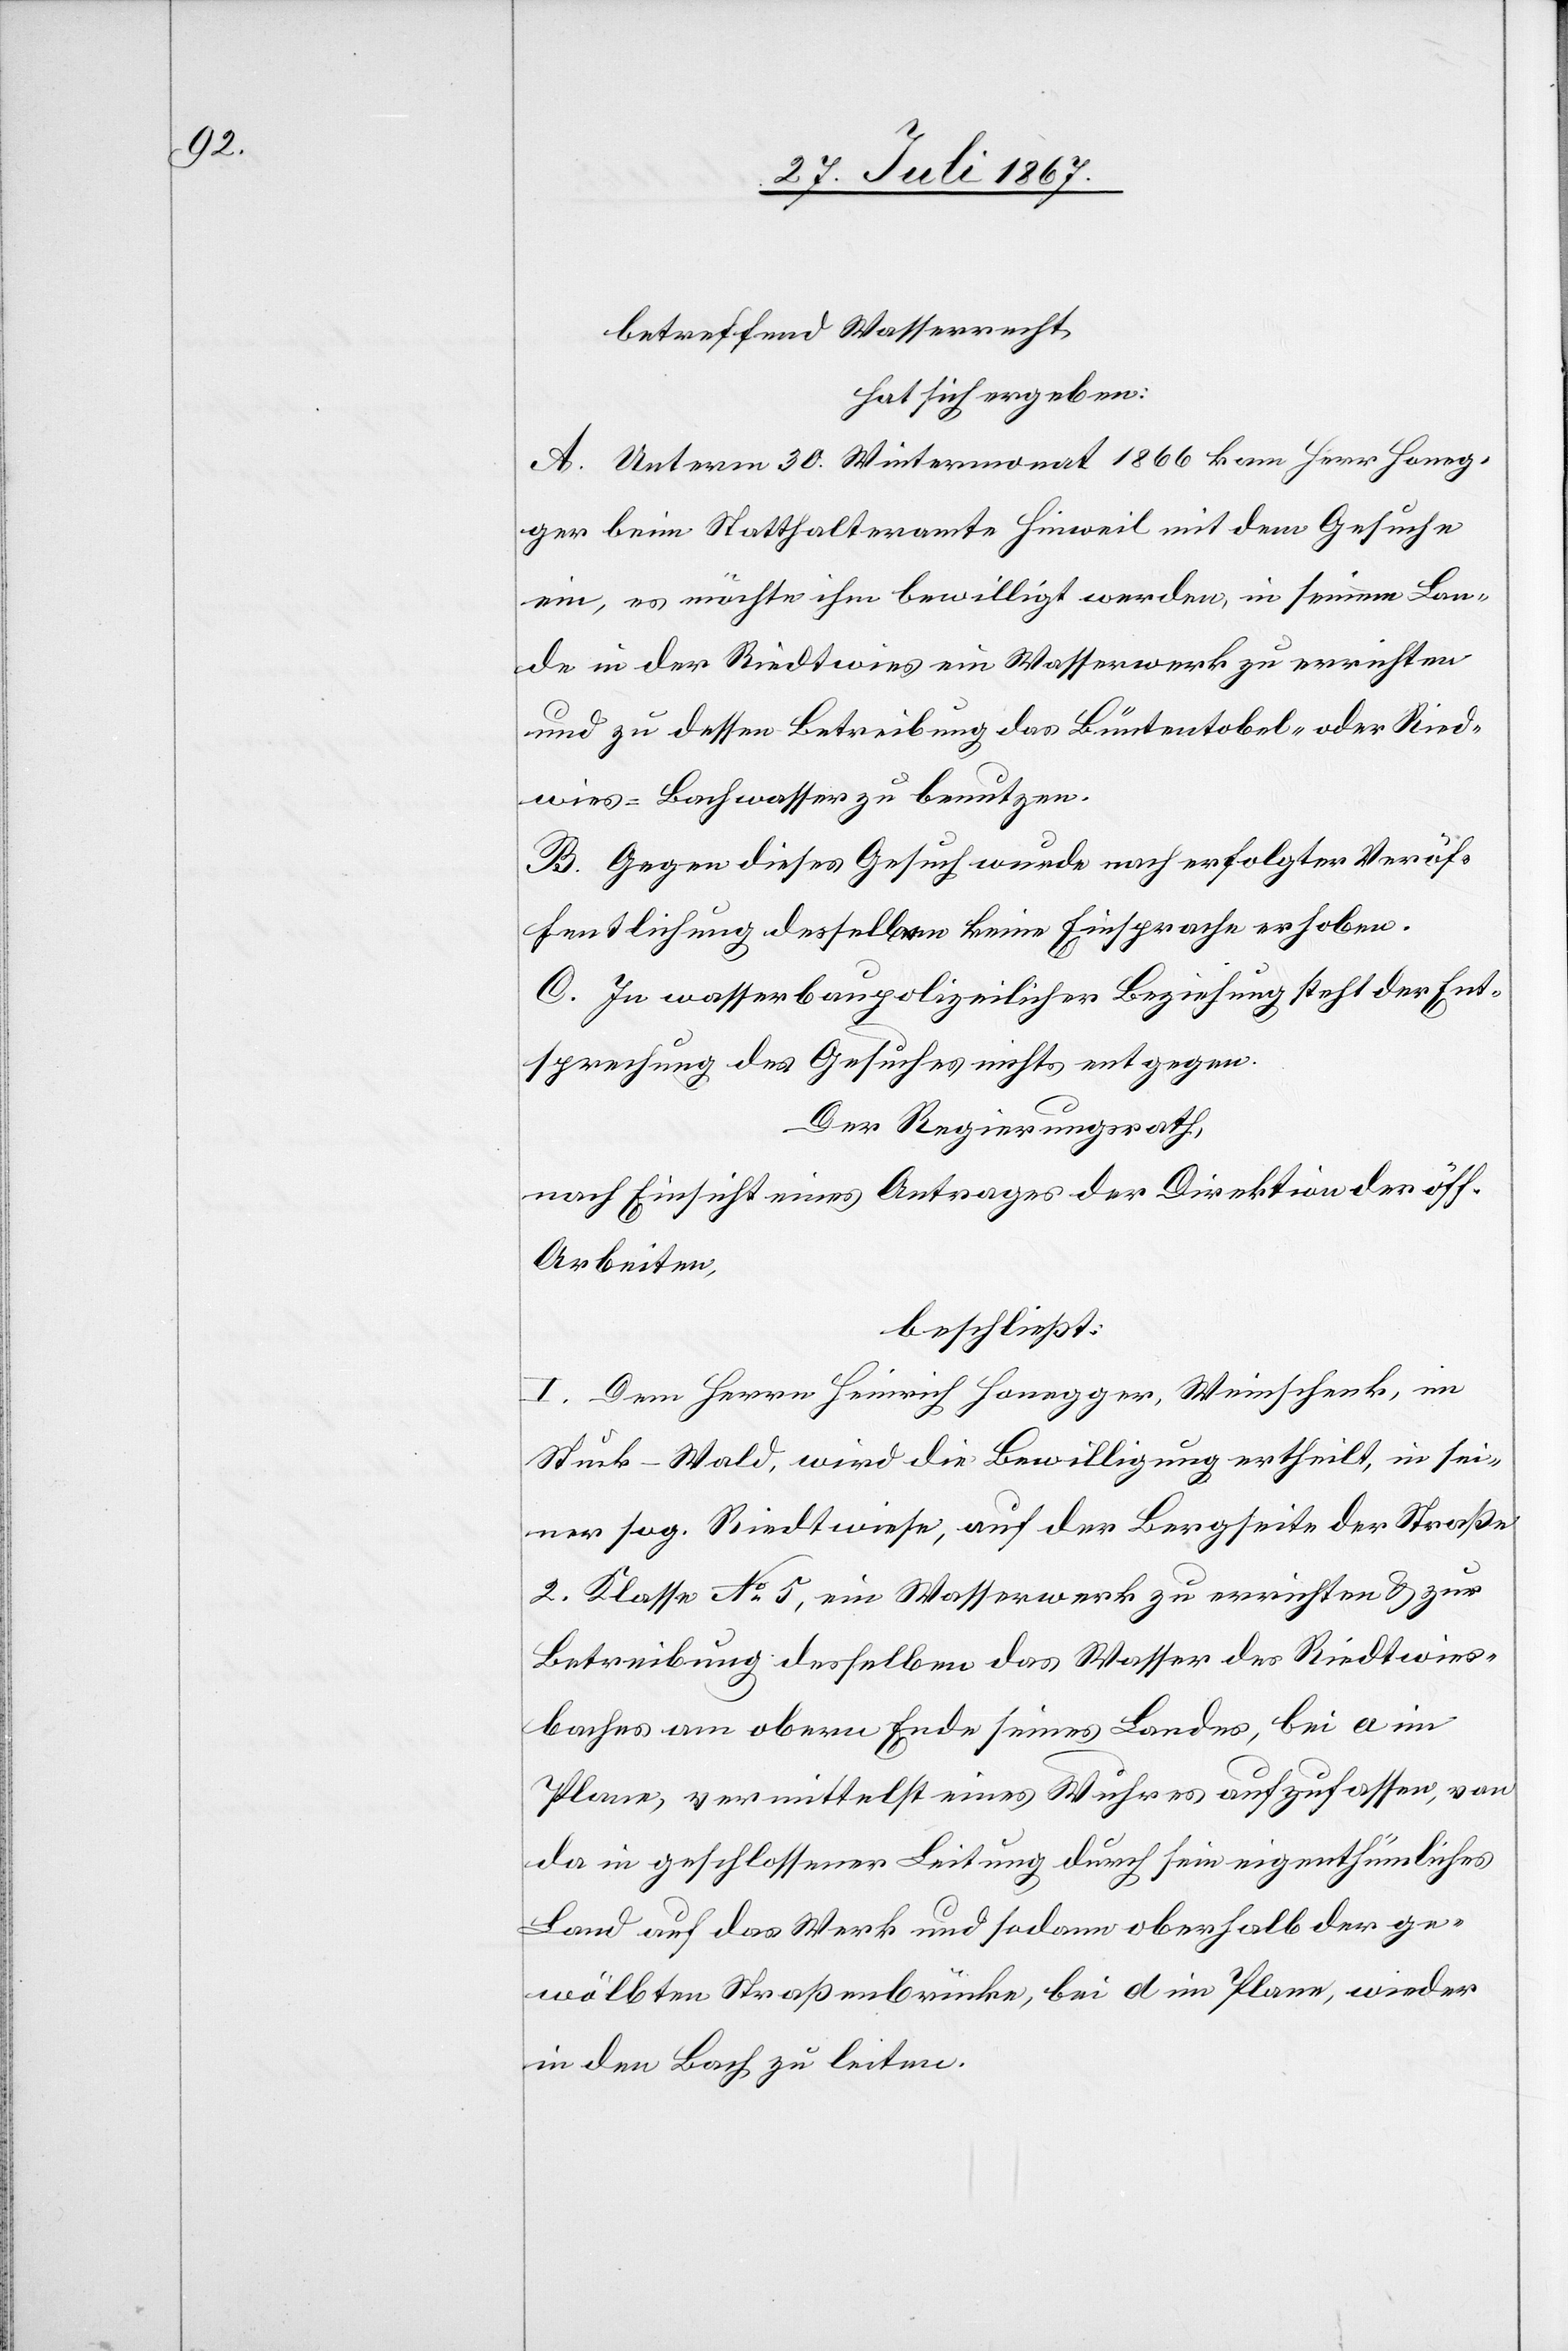
betreffend Wasserrecht,
hat sich ergeben:
A. Unterm 30. Wintermonat 1866 kam Herr Honeg¬
ger beim Statthalteramte Hinweil mit dem Gesuche
ein, es möchte ihm bewilligt werden, in seinem Lan¬
de in der Riedtwies ein Wasserwerk zu errichten
und zu dessen Betreibung das Büntentobel- oder Ried¬
wies-Bachwasser zu benutzen.
B. Gegen dieses Gesuch wurde nach erfolgter Veröf¬
fentlichung desselben keine Einsprache erhoben.
C. In wasserbaupolizeilicher Beziehung steht der Ent¬
sprechung des Gesuches nichts entgegen.
Der Regierungsrath,
nach Einsicht eines Antrages der Direktion der öff.
Arbeiten,
beschließt:
I. Dem Herrn Heinrich Honegger, Weinschenk, im
Stuck-Wald, wird die Bewilligung ertheilt, in sei¬
ner sog. Riedtwiese, auf der Bergseite der Straße
2. Klasse No. 5, ein Wasserwerk zu errichten u. zur
Betreibung desselben das Wasser des Riedtwies¬
baches am obern Ende seines Lande, bei a im
Plane, vermittelst eines Wuhres aufzufassen, von
da in geschlossener Leitung durch sein eigenthümliches
Land auf das Werk und sodann oberhalb der ge¬
wölbten Straßenbrücke, bei d im Plane, wieder
in den Bach zu leiten.